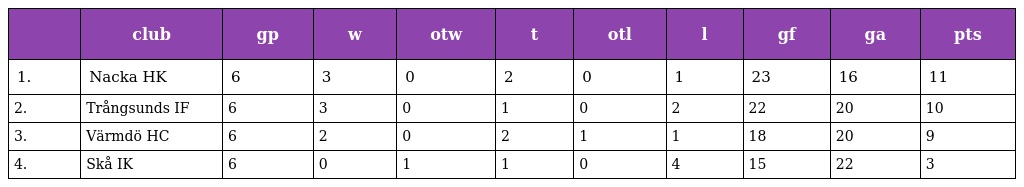
|  | club | gp | w | otw | t | otl | l | gf | ga | pts |
 | --- | --- | --- | --- | --- | --- | --- | --- | --- | --- | --- |
 | 1. | Nacka HK | 6 | 3 | 0 | 2 | 0 | 1 | 23 | 16 | 11 |
 | 2. | Trångsunds IF | 6 | 3 | 0 | 1 | 0 | 2 | 22 | 20 | 10 |
 | 3. | Värmdö HC | 6 | 2 | 0 | 2 | 1 | 1 | 18 | 20 | 9 |
 | 4. | Skå IK | 6 | 0 | 1 | 1 | 0 | 4 | 15 | 22 | 3 |